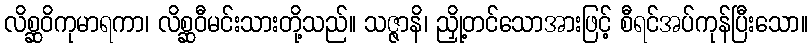
လိစ္ဆဝိကုမာရကာ၊ လိစ္ဆဝီမင်းသားတို့သည်။ သဇ္ဇာနိ၊ ညှို့တင်သောအားဖြင့် စီရင်အပ်ကုန်ပြီးသော။